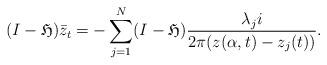
LaTeX: \begin{align*}(I-\mathfrak{H})\bar{z}_t=-\sum_{j=1}^N (I-\mathfrak{H}) \frac{\lambda_j i}{2\pi(z(\alpha,t)-z_j(t))}.\end{align*}